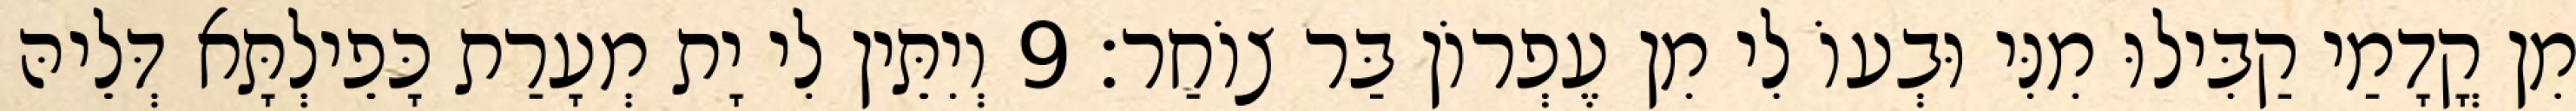
מִן קֳדָמַי קַבִּילוּ מִנִּי וּבְעוֹ לִי מִן עֶפְרוֹן בַּר צוֹחַר׃ 9 וְיִתֵּין לִי יָת מְעָרַת כָּפֵילְתָּא דְּלֵיהּ